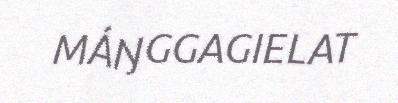
MÁŊGGAGIELAT